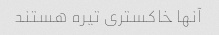
آنها خاکستری تیره هستند